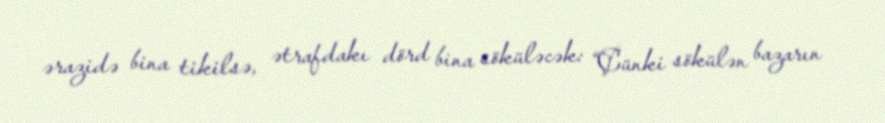
ərazidə bina tikilsə, ətrafdakı dörd bina söküləcək: “Çünki sökülən bazarın